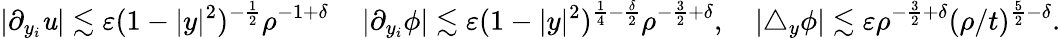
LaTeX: |\partial_{y_{i}}\mathit{u}|\lesssim\varepsilon(1-|y|^{2})^{-\frac{1}{2}}\rho^{-1+\delta}\, \quad|\partial_{y_{i}}\phi|\lesssim\varepsilon(1-|y|^{2})^{\frac{1}{4}-\frac{\delta}{2}}\rho^{-\frac{3}{2}+\delta},\quad|\triangle_{y}\phi|\lesssim\varepsilon\rho^{-\frac{3}{2}+\delta}(\rho/t)^{\frac{5}{2}-\delta}.